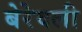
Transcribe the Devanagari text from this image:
बेरेवली